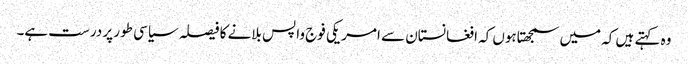
وہ کہتے ہیں کہ میں سمجھتاہوں کہ افغانستان سے امریکی فوج واپس بلانے کا فیصلہ سیاسی طور پر درست ہے۔